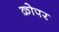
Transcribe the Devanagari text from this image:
क्रोपर